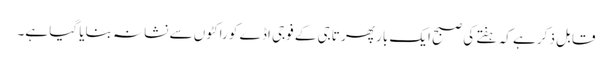
قابل ذکر ہے کہ ہفتے کی صبح ایک بار پھر تاجی کے فوجی اڈے کو راکٹوں سے نشانہ بنایا گیا ہے۔